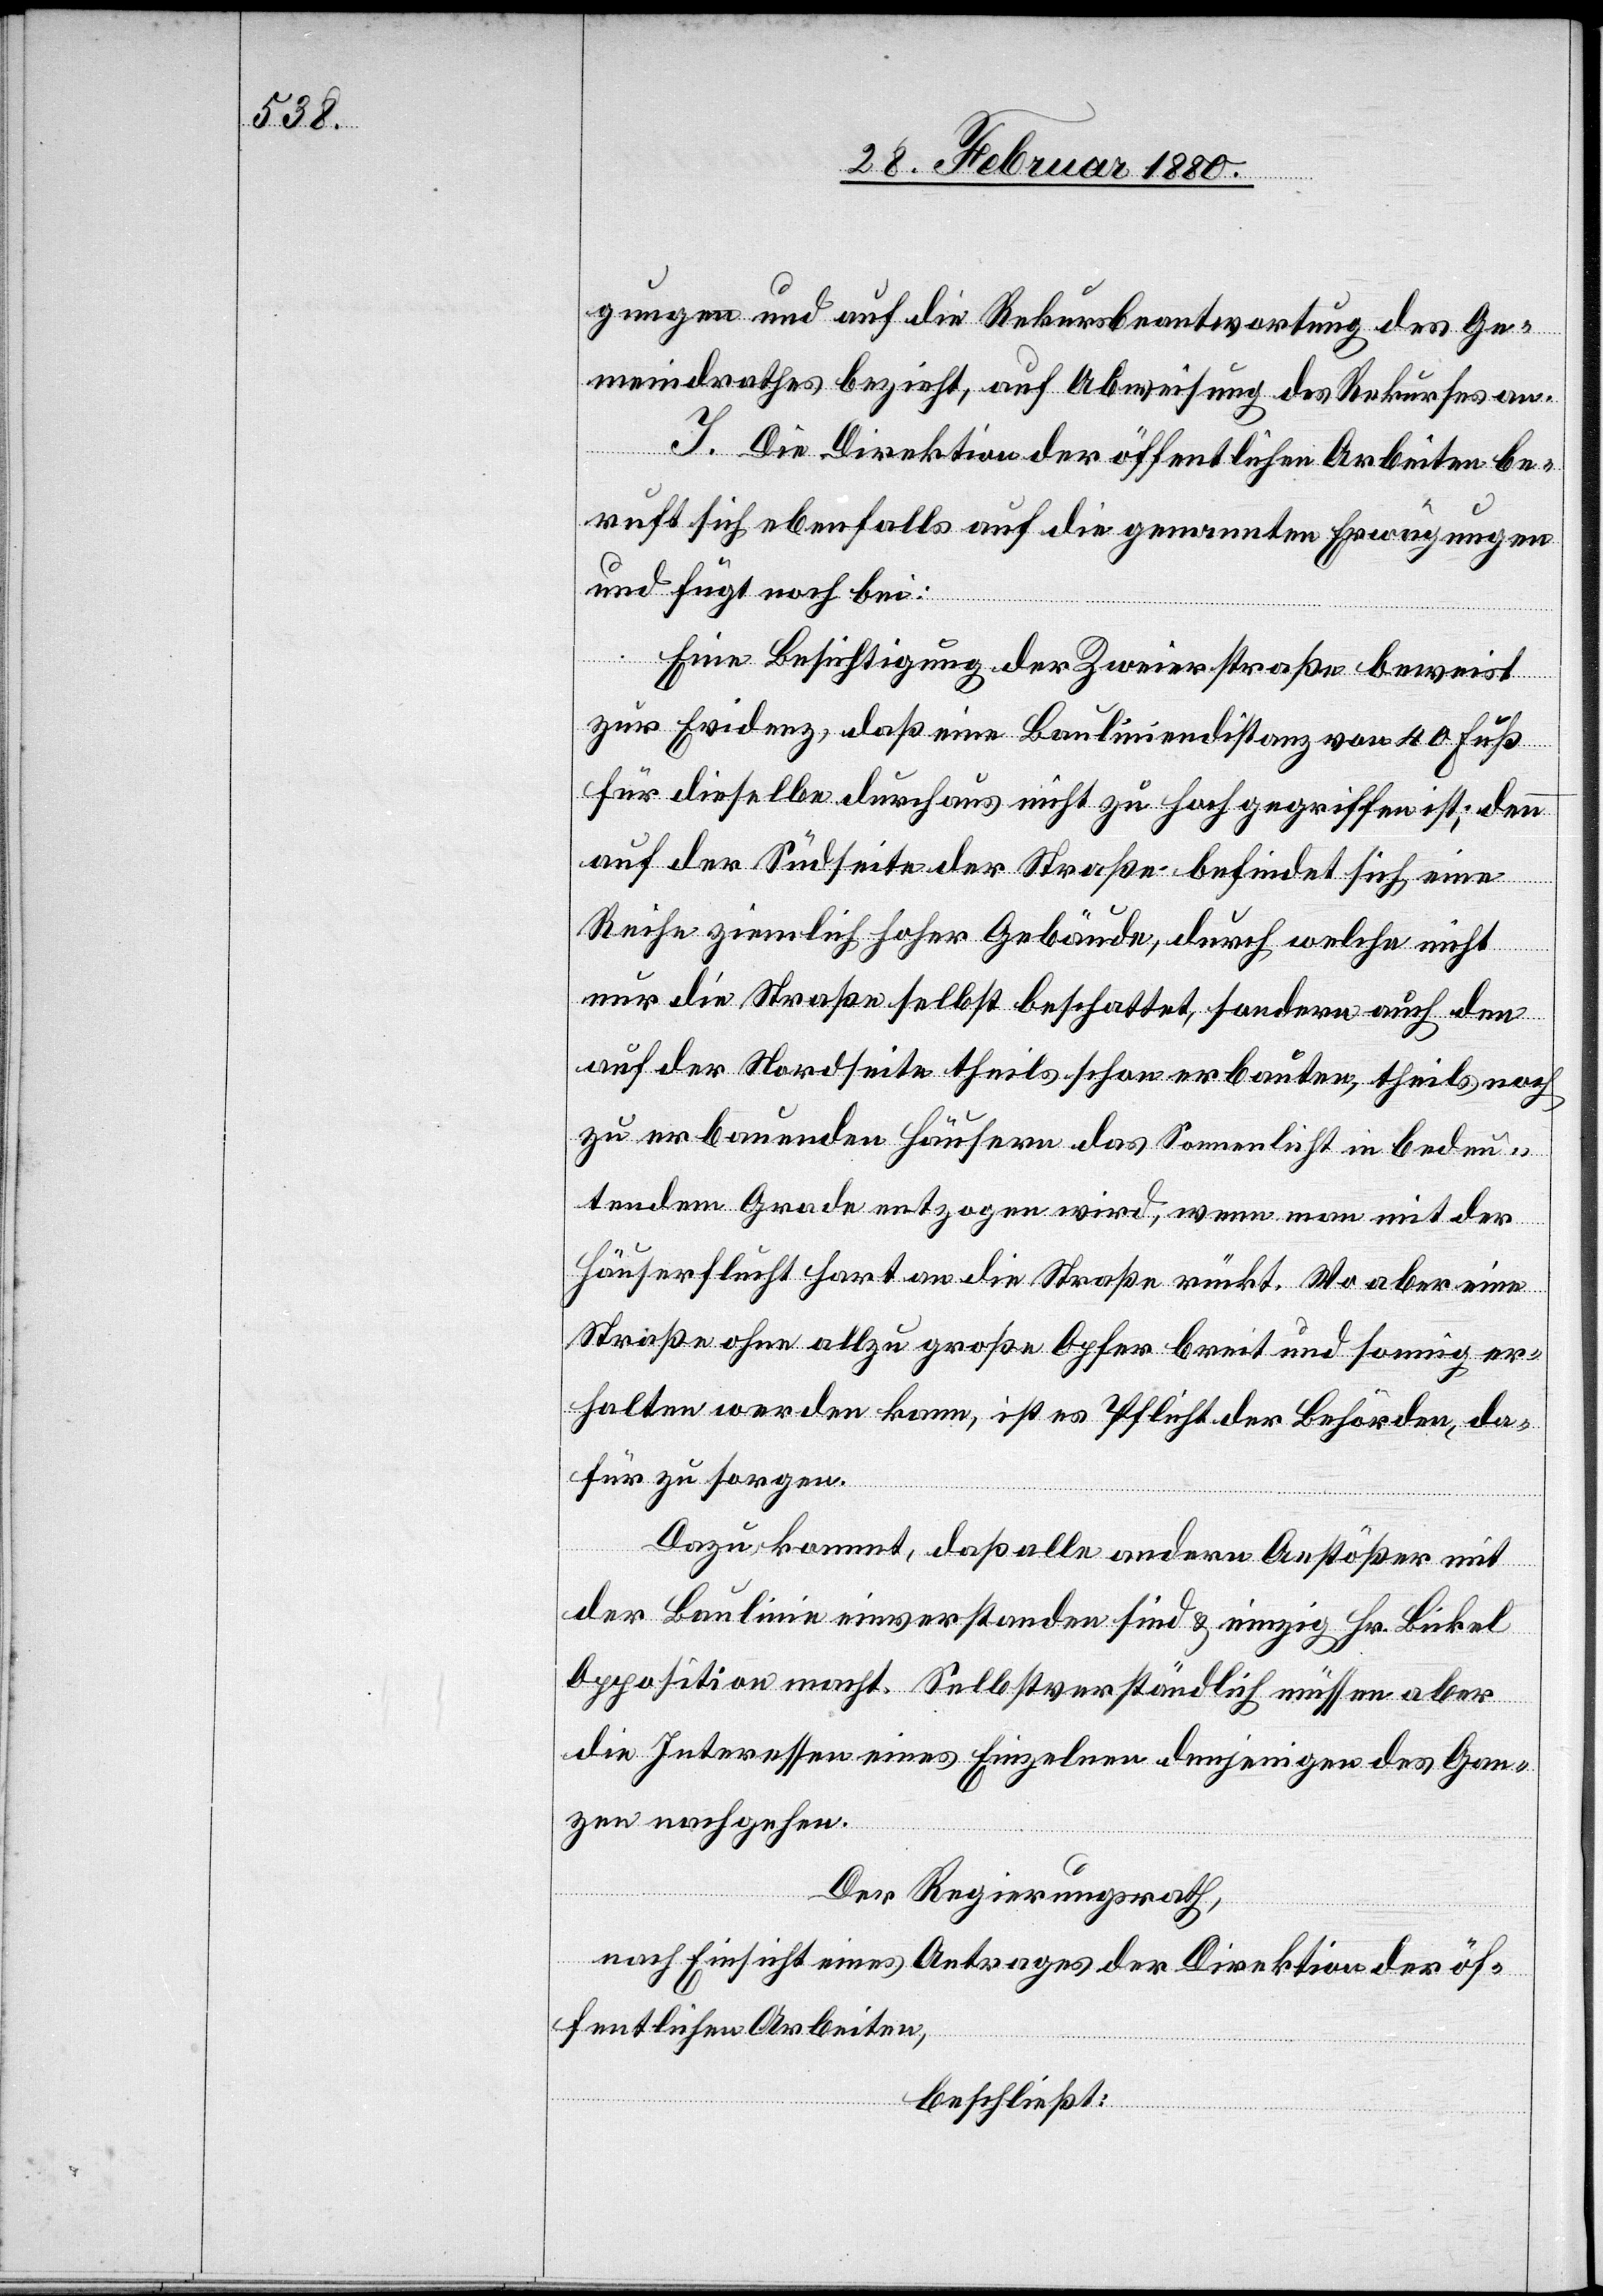
gungen und auf die Rekursbeantwortung des Ge¬
meindrathes bezieht, auf Abweisung des Rekurses an.
I. Die Direktion der öffentlichen Arbeiten be¬
ruft sich ebenfalls auf die genannten Erwägungen
und fügt noch bei:
Eine Besichtigung der Zweierstraße beweist
zur Evidenz, daß eine Bauliniendistanz von 40 Fuß
für dieselbe durchaus nicht zu hoch gegriffen ist; denn
auf der Südseite der Straße befindet sich eine
Reihe ziemlich hoher Gebäude, durch welche nicht
nur die Straße selbst beschattet, sondern auch den
auf der Nordseite theils schon erbauten, theils noch
zu erbauenden Häusern das Sonnenlicht in bedeu¬
tendem Grade entzogen wird, wenn man mit der
Häuserflucht hart an die Straße rückt. Wo aber eine
Straße ohne allzu große Opfer breit und sonnig er¬
halten werden kann, ist es Pflicht der Behörden, da¬
für zu sorgen.
Dazu kommt, daß alle andern Anstößer mit
der Baulinie einverstanden sind & einzig Hr. Bickel
Opposition macht. Selbstverständlich müssen aber
die Interessen eines Einzelnen denjenigen des Gan¬
zen nachgehen.
Der Regierungsrath,
nach Einsicht eines Antrages der Direktion der öf¬
fentlichen Arbeiten,
beschließt: